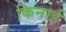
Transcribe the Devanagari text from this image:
किनाई